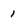
Character: 1